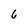
Character: 6